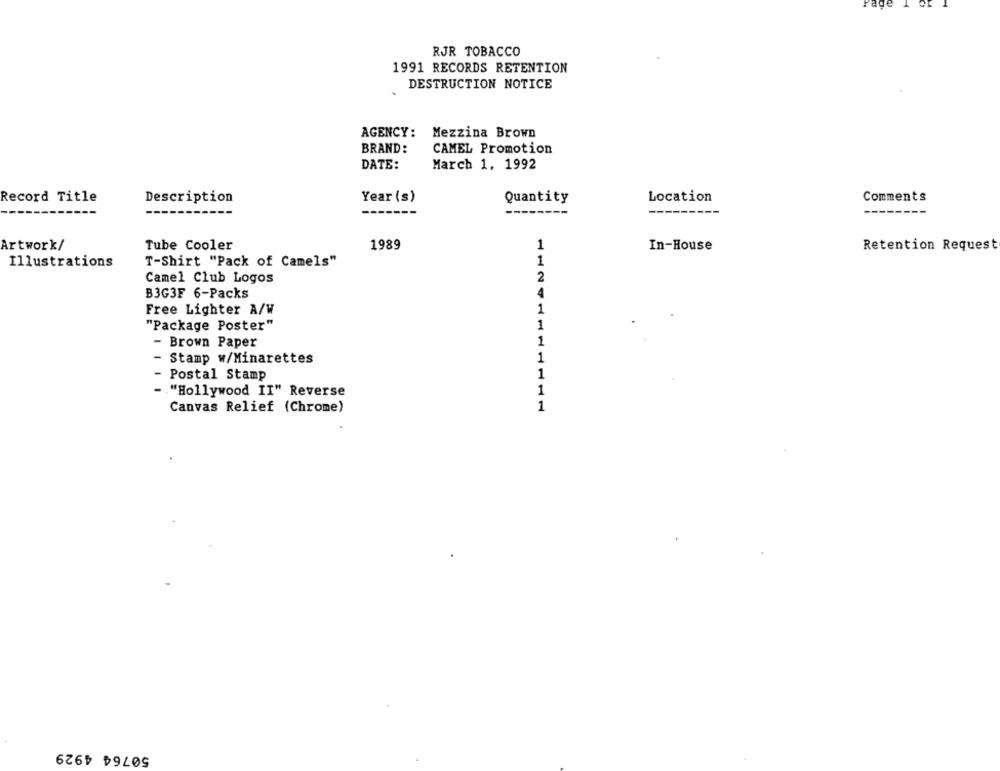
RJR TOBACCO
1991 RECORDS RETENTION
DESTRUCTION NOTICE
AGENCY:
Mezzina Brown
BRAND:
CAMEL Promotion
DATE:
March 1, 1992
Record Title
Description
Year (s)
Quantity
Location
Comments
Artwork/
Tube Cooler
1989
1
In-House
Retention Request
T-Shirt "Pack of Camels"
1
Illustrations
2
Camel Club Logos
B3G3F 6-Packs
4
Free Lighter A/W
1
"Package Poster"
1
Brown Paper
1
- Stamp w/Minarettes
1
Postal Stamp
1
- . "Hollywood II" Reverse
1
Canvas Relief (Chrome)
1
50764 4929